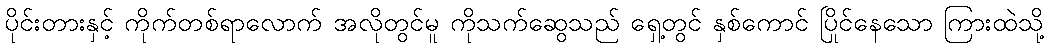
ပိုင်းတားနှင့် ကိုက်တစ်ရာလောက် အလိုတွင်မူ ကိုသက်ဆွေသည် ရှေ့တွင် နှစ်ကောင် ပြိုင်နေသော ကြားထဲသို့